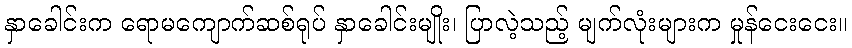
နှာခေါင်းက ရောမကျောက်ဆစ်ရုပ် နှာခေါင်းမျိုး၊ ပြာလဲ့သည့် မျက်လုံးများက မှုန်ငေးငေး။